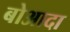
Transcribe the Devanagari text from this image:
बोआदा